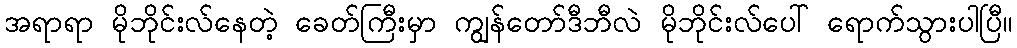
အရာရာ မိုဘိုင်းလ်နေတဲ့ ခေတ်ကြီးမှာ ကျွန်တော်ဒီဘီလဲ မိုဘိုင်းလ်ပေါ် ရောက်သွားပါပြီ။